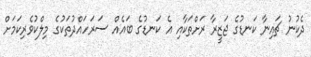
ދެކުނު ޗައިނާ ކަނޑުގެ ޖަޒީރާ ރަށްތަކާއި އެ ކަނޑުގެ ބައެއް ސަރަހައްދުތަކުގެ މިލްކުވެރިކަމަށް